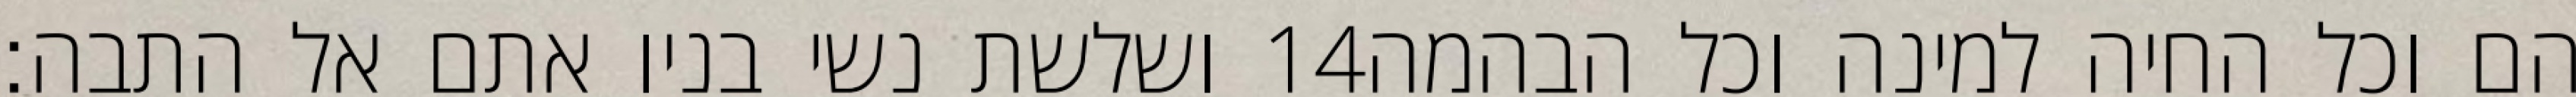
ושלשת נשי בניו אתם אל התבה׃ ‎14‏ הם וכל החיה למינה וכל הבהמה